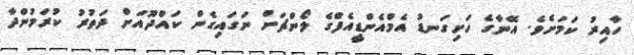
ހާއިރު ކަމަށެވެ. އޭނާގެ ހަށިގަނޑު އެމްއެންޑީއެފްގެ ލޯންޗަށް ނަގައިގެން ކައްދޫއަަށް ދަތުރު ކުރަމުންދާ